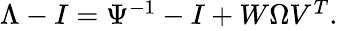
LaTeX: \begin{array}{r}{\Lambda-I=\Psi^{-1}-I+W\Omega V^{T}.}\end{array}